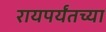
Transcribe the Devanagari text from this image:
रायपर्यंतच्या